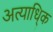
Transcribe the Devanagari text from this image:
अत्याधि्क